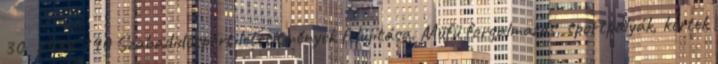
30 2432 790 Szabadidősport létesítmények felújítása. Műfű forgalmazás, sportpályák, kertek